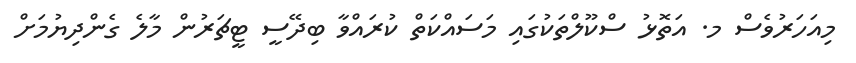
މިއަހަރުވެސް މ. އަތޮޅު ސްކޫލްތަކުގައި މަސައްކަތް ކުރައްވާ ބިދޭސީ ޓީޗަރުން މާލެ ގެންދިޔުމަށް